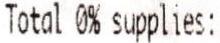
TOTAL 0% SUPPLIES: